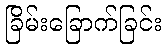
ခြိမ်းခြောက်ခြင်း